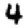
Digit: 4